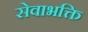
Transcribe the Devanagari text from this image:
सेवाभक्ति